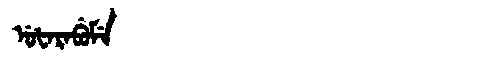
Manchu: ᡠᡶᠠᡵᠠᠪᡠᠮᡝ
Romanization: UFARABUME